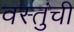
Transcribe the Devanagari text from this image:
वस्तुंची